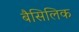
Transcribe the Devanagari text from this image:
बैसिलिक